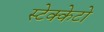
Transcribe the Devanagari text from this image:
स्टेक्केटो